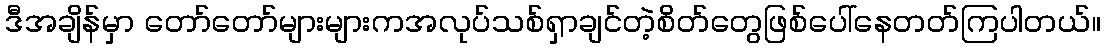
ဒီအချိန်မှာ တော်တော်များများကအလုပ်သစ်ရှာချင်တဲ့စိတ်တွေဖြစ်ပေါ်နေတတ်ကြပါတယ်။